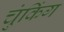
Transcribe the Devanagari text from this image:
चुंकिंग